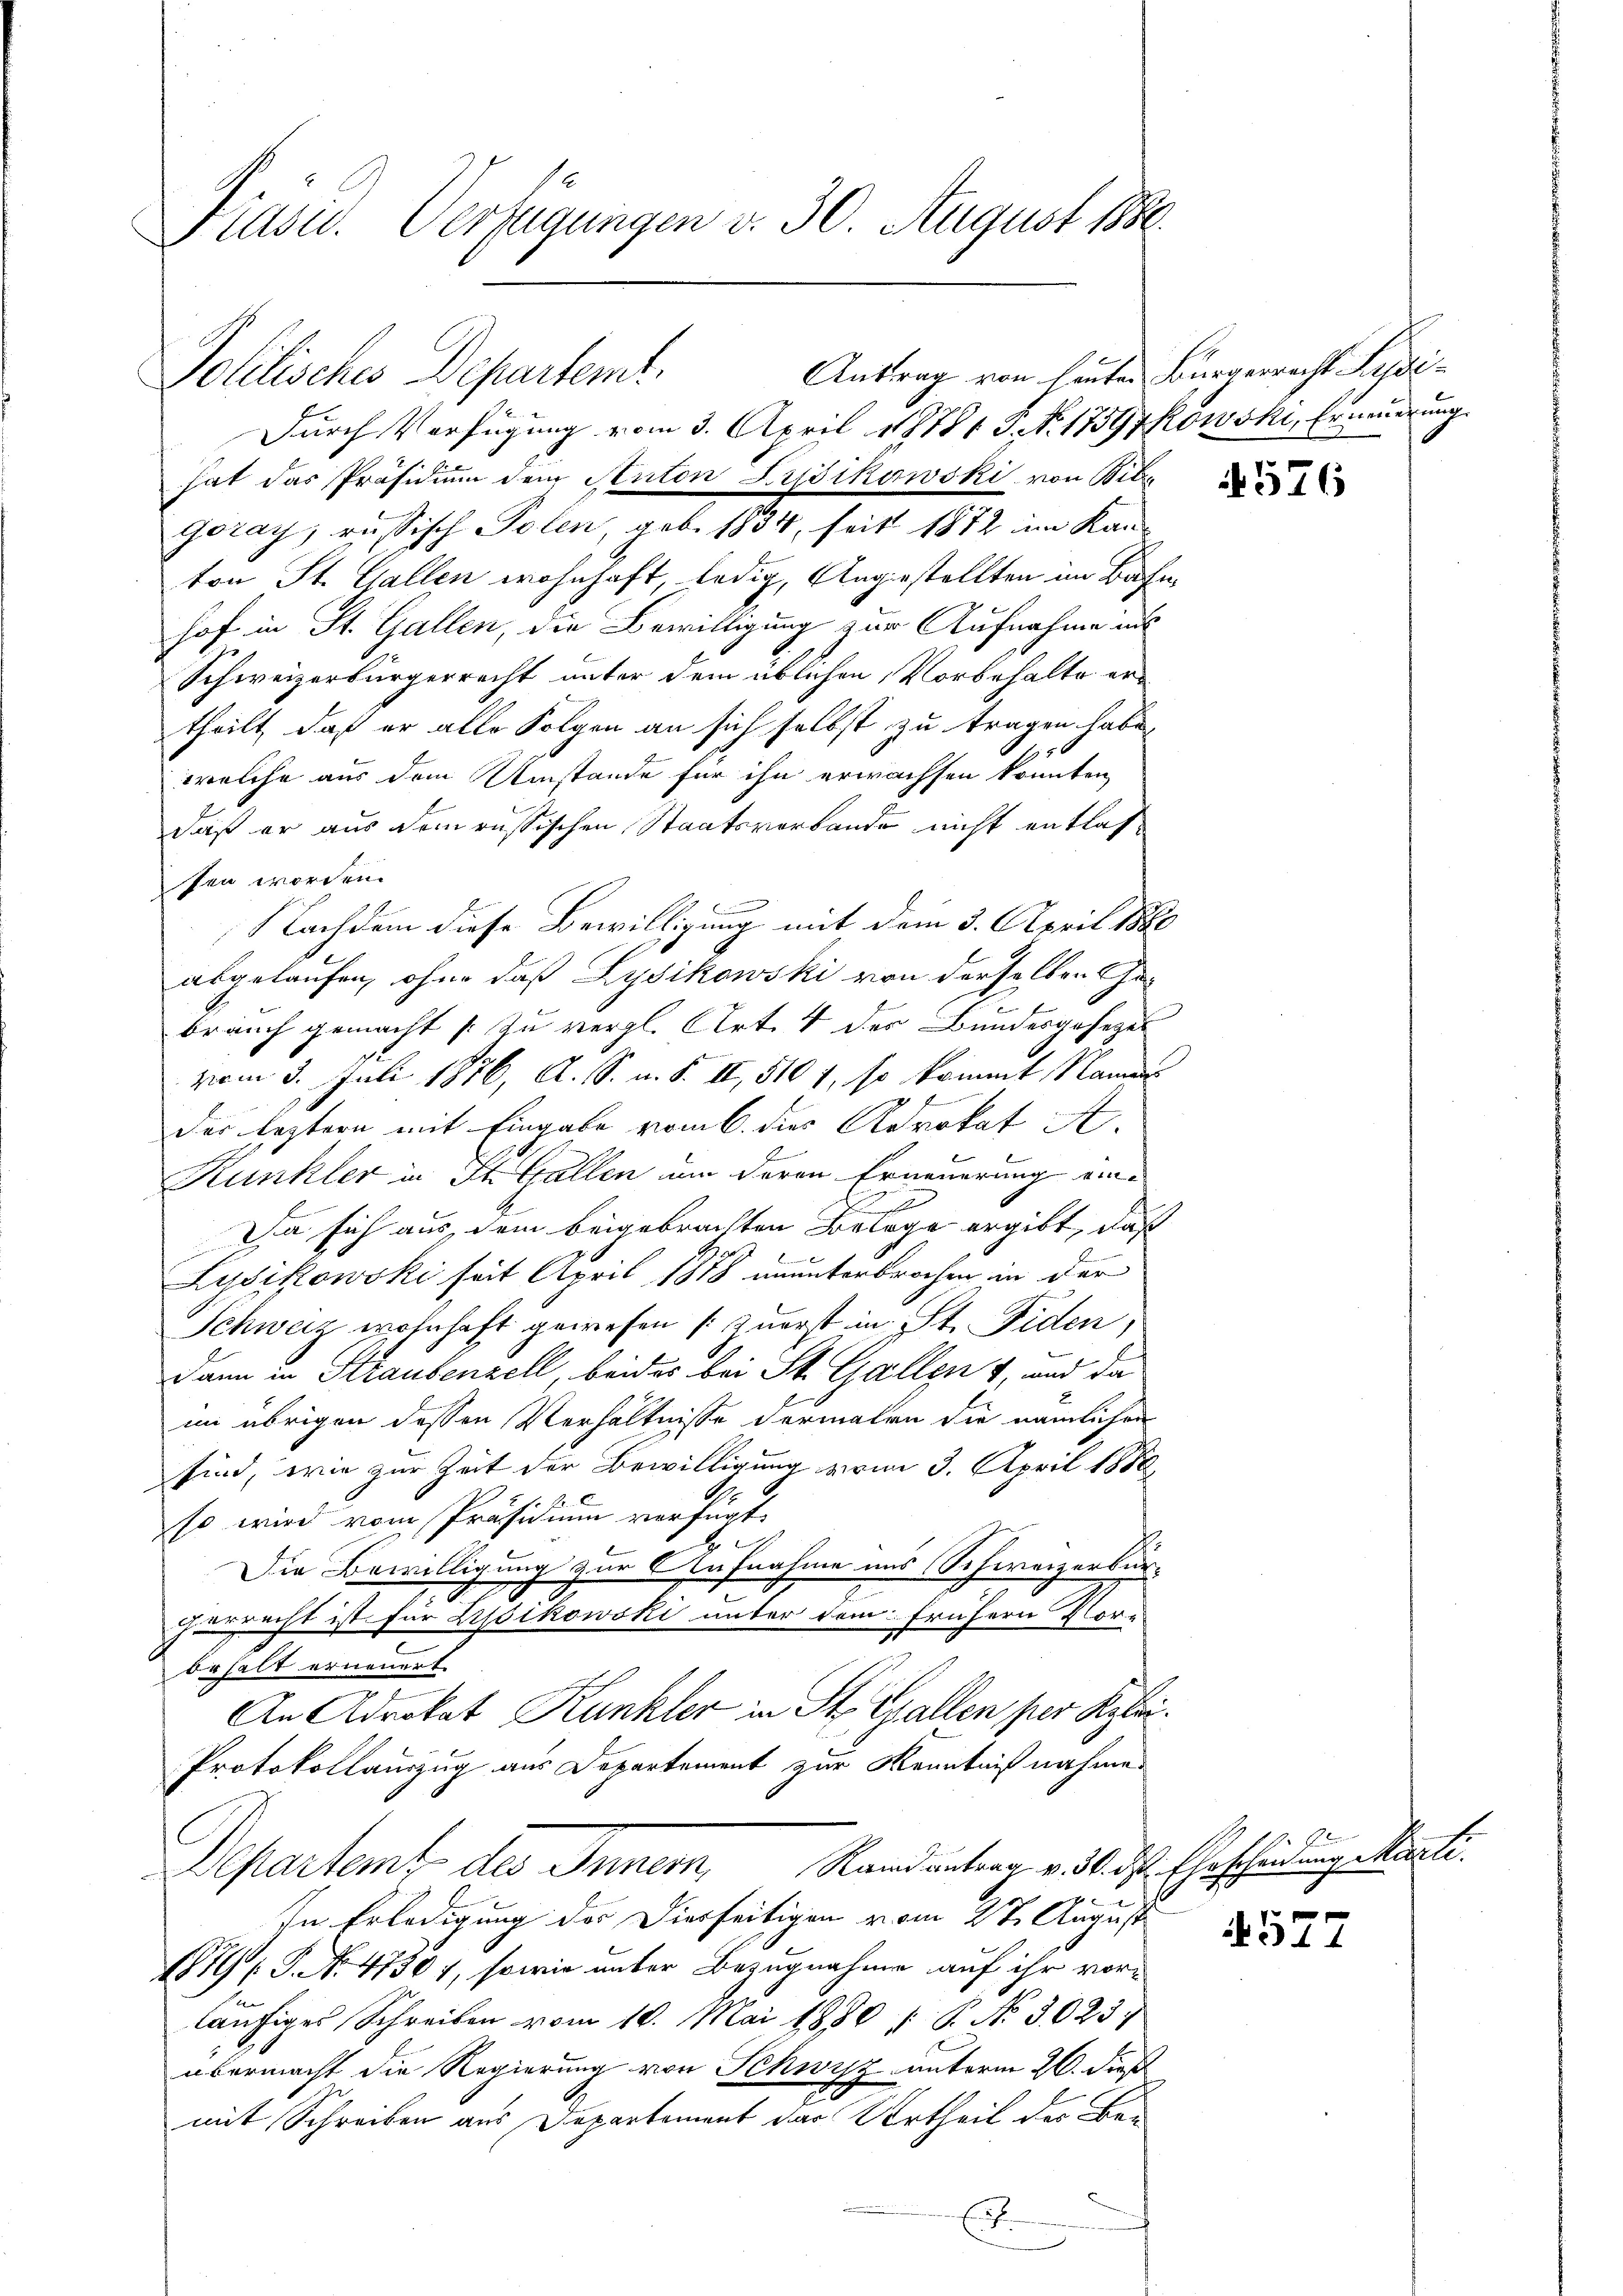
Präsid. Verfügungen v. 30. August 1889.

Politisches Departem Antrag von heuten Bürgerrecht Sydi¬
Durch Verfügung vom 3. April 18781 S. Nr. 17597kowski, Erneuerung

hat das Präsidium dem Anton Lyssikowski, von Bilgoray, russisch Polen, geb. 1834, seit 1872 im Kanton St. Gallen wohnhaft, ledig, Angestellten im Bahnhof in St. Gallen, die Bewilligung zur Aufnahme ins
Schweizerbürgerrecht unter dem üblichen Vorbehalte ertheilt, daß er alle Folgen an sich selbst zu tragen habe
welche aus dem Umstände für ihn erwachsen könnten,
daß er aus dem russischen Staatsverbande nicht entlas
sen worden.
n
Nachdem diese Bewilligung mit dem 3. April 1880
abgelaufen, ohne daß Lysikowski von derselben Cha-
brauch gemacht zu vergl. Art. 4 der Bundesgesetzes
vom 3. Juli 1876, A. S. u. S. II, 510 f, so kommt Namen
der leztern mit Eingabe vom 6. dies Advokat A
Kunkler in St. Gallen um deren Erneuerung eine
A
Da sich aus dem beigebrachten Belege ergibt, daß
Lysikowski seit April 1878 ununterbrochen in der
Schweiz wohnhaft gewesen (zuerst in St. Fiden,
Dann in Straubenzell, beides bei St. Gallen 4, und da
im übrigen dessen Verhältnisse dermalen die nämlichen
sind, wie zur Zeit der Bewilligung vom 3. April 1886
so wird vom Präsidium verfügt.
Die Bewilligung zur Aufnahme uns Schweizerbürgerrecht ist für Lyssikowski unter dem frühern Vor-
behalt erneuert.
An Advokat Kunkler in St. Gallen per Syler
Protokollauszug aus Departement zur Kenntnißnahmen
Rand antrag v. 30. ds. Ehescheidung Marti.
Separtent des Innern,
In Erledigung des Dierseitigen vom 27. August
1819, S. No. 47307, sowie unter Bezugnahme auf ihr vorläufiges Schreiben vom 10. Mai 1880 (8. No 3023
übermacht die Regierung von Schwyz unterm 26. Dies
mit Schreiben aus Departement der Urtheil der Bei
.

576

577